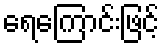
ရေကြောင်းဖြင့်